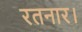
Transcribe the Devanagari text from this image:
रतनार।